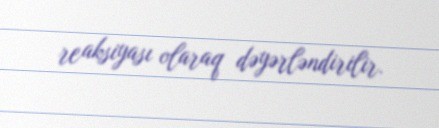
reaksiyası olaraq dəyərləndirilir.